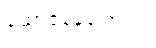
ဆောင်နေကြောင်း